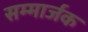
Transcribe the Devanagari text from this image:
सम्मार्जक